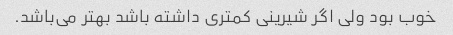
خوب بود ولی اگر شیرینی کمتری داشته باشد بهتر می‌باشد.